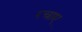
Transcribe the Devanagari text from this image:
रचाए